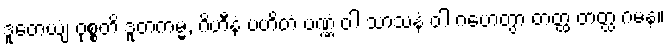
ဒူတေယျံ ဝုစ္စတိ ဒူတကမ္မံ, ဂိဟီနံ ပဟိတံ ပဏ္ဏံ ဝါ သာသနံ ဝါ ဂဟေတွာ တတ္ထ တတ္ထ ဂမနံ။